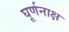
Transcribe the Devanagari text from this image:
घूर्णनाक्ष